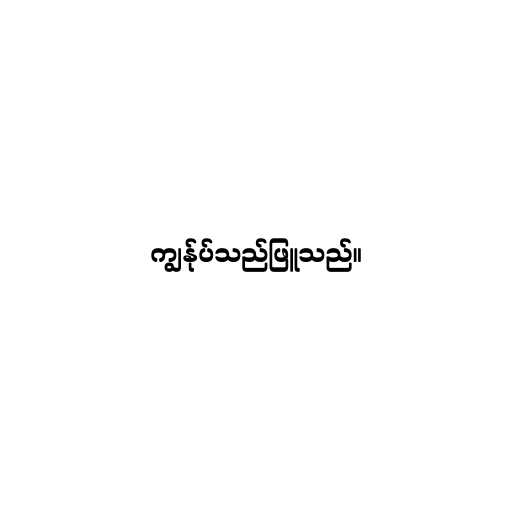
ကျွန်ုပ်သည်ဖြူသည်။